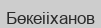
Бөкеііханов